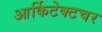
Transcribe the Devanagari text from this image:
आर्किटेक्टचर